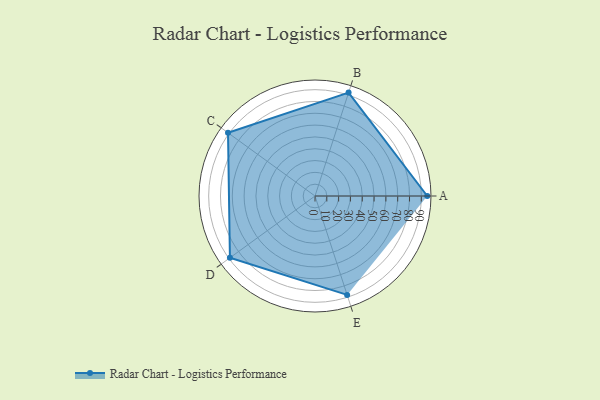
{"axis": {"x": "Skill", "y": "Score"}, "legend": ["Profile"], "data": [{"x": "A", "y": 95.0, "type": "Profile"}, {"x": "B", "y": 92.0, "type": "Profile"}, {"x": "C", "y": 91.0, "type": "Profile"}, {"x": "D", "y": 89.0, "type": "Profile"}, {"x": "E", "y": 88.0, "type": "Profile"}]}